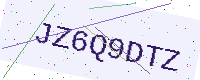
Text: JZ6Q9DTZ